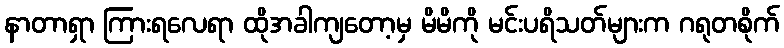
နာတာရှာ ကြားရလေရာ ထိုအခါကျတော့မှ မိမိကို မင်းပရိသတ်များက ဂရုတစိုက်